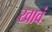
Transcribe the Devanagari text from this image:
खावं